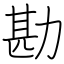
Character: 勘